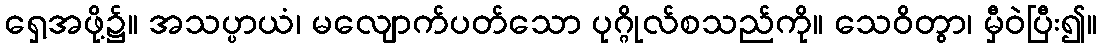
ရှေ့အဖို့၌။ အသပ္ပာယံ၊ မလျောက်ပတ်သော ပုဂ္ဂိုလ်စသည်ကို။ သေဝိတွာ၊ မှီဝဲပြီး၍။